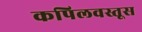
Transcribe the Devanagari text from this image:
कपिलवस्तूस